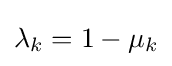
\lambda _{k}=1-\mu _{k}